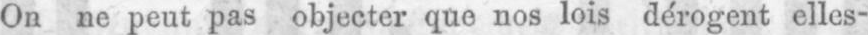
On ne peut pas objecter que nos lois dérogent elles-